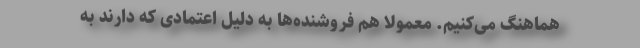
هماهنگ می‌کنیم. معمولا هم فروشنده‌ها به دلیل اعتمادی که دارند به